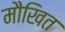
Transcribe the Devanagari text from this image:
मौखित